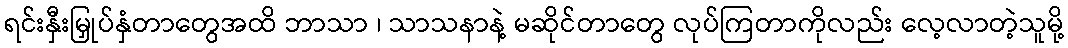
ရင်းနှီးမြှုပ်နှံတာတွေအထိ ဘာသာ ၊ သာသနာနဲ့ မဆိုင်တာတွေ လုပ်ကြတာကိုလည်း လေ့လာတဲ့သူမို့